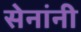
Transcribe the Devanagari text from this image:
सेनांनी